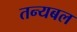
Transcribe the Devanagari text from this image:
तन्यबल